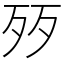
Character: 㱛